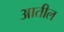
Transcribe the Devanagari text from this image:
अातील